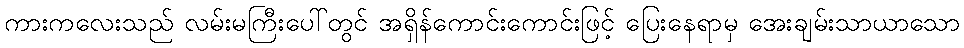
ကားကလေးသည် လမ်းမကြီးပေါ်တွင် အရှိန်ကောင်းကောင်းဖြင့် ပြေးနေရာမှ အေးချမ်းသာယာသော